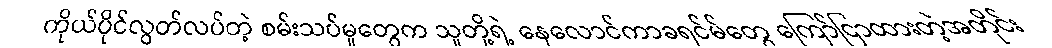
ကိုယ်ပိုင်လွတ်လပ်တဲ့ စမ်းသပ်မှုတွေက သူတို့ရဲ့ နေလောင်ကာခရင်မ်တွေ ကြော်ငြာထားတဲ့အတိုင်း